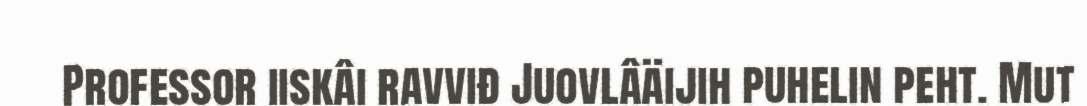
Professor iiskâi ravviđ Juovlâäijih puhelin peht. Mut